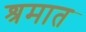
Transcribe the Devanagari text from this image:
श्रमात